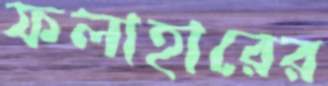
ফলাহারের